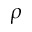
\rho